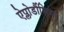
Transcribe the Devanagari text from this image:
ऐप्लोडौंशिया